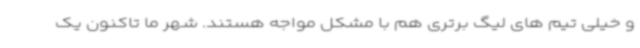
و خیلی تیم های لیگ برتری هم با مشکل مواجه هستند. شهر ما تاکنون یک